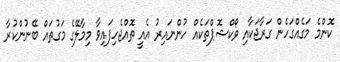
ކޮންމެ މަގެއްގަހެން ގަރާޖަކާއި ވޯކްޝޮޕްތަކެއް ހުންނައިރު އެއީ ތޮއްޖެހިފައިވާ މިމާލޭގެ މަގުތައް ބޭނުންކުރާ